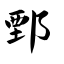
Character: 鄄